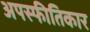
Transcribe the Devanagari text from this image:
अपस्फीतिकार